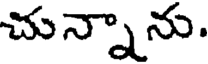
చున్నాను.